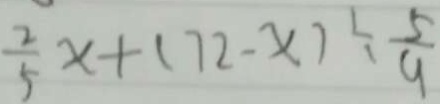
\frac { 2 } { 5 } x + ( 7 2 - x ) \div \frac { 5 } { 9 }